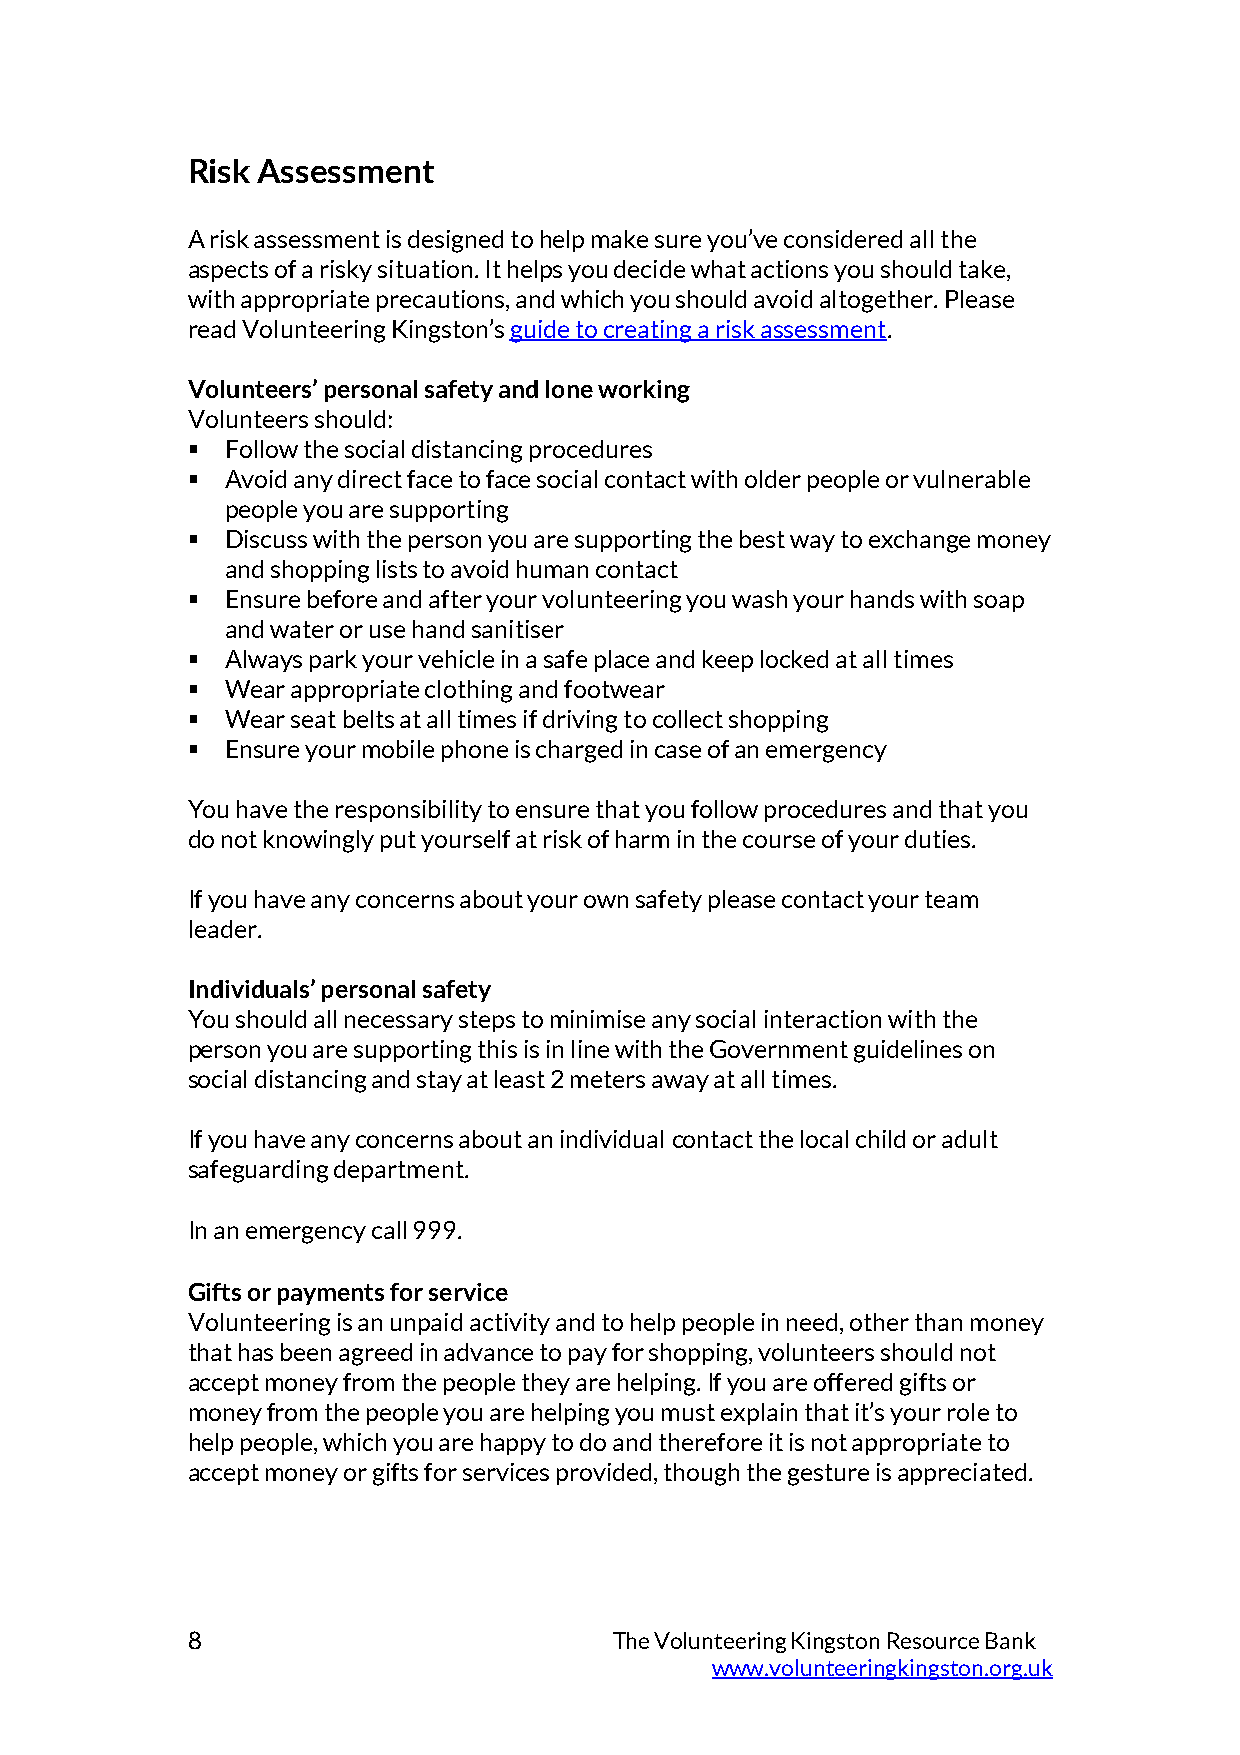
Risk Assessment
 A risk assessment is designed to help make sure you’ve considered all the
 aspects of a risky situation. It helps you decide what actions you should take,
 with appropriate precautions, and which you should avoid altogether. Please
 read Volunteering Kingston’s guide to creating a risk assessment.
 Volunteers’ personal safety and lone working
 Volunteers should:
   Follow the social distancing procedures
   Avoid any direct face to face social contact with older people or vulnerable
 people you are supporting
   Discuss with the person you are supporting the best way to exchange money
 and shopping lists to avoid human contact
   Ensure before and after your volunteering you wash your hands with soap
 and water or use hand sanitiser
   Always park your vehicle in a safe place and keep locked at all times
   Wear appropriate clothing and footwear
   Wear seat belts at all times if driving to collect shopping
   Ensure your mobile phone is charged in case of an emergency
 You have the responsibility to ensure that you follow procedures and that you
 do not knowingly put yourself at risk of harm in the course of your duties.
 If you have any concerns about your own safety please contact your team
 leader.
 Individuals’ personal safety
 You should all necessary steps to minimise any social interaction with the
 person you are supporting this is in line with the Government guidelines on
 social distancing and stay at least 2 meters away at all times.
 If you have any concerns about an individual contact the local child or adult
 safeguarding department.
 In an emergency call 999.
 Gifts or payments for service
 Volunteering is an unpaid activity and to help people in need, other than money
 that has been agreed in advance to pay for shopping, volunteers should not
 accept money from the people they are helping. If you are offered gifts or
 money from the people you are helping you must explain that it’s your role to
 help people, which you are happy to do and therefore it is not appropriate to
 accept money or gifts for services provided, though the gesture is appreciated.
 8                            The Volunteering Kingston Resource Bank
 www.volunteeringkingston.org.uk